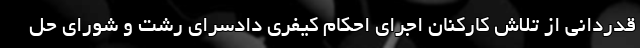
قدردانی از تلاش کارکنان اجرای احکام کیفری دادسرای رشت و شورای حل